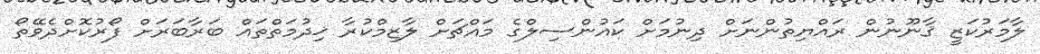
ލާމަރުކަޒީ ޤާނޫނުން ރައްޔިތުންނަށް ދިނުމަށް ކައުންސިލްގެ މައްޗަށް ލާޒިމްކުރާ ޚިދުމަތްތައް ބަރާބަރަށް ފޯރުކޮށްދެވޭތޯ